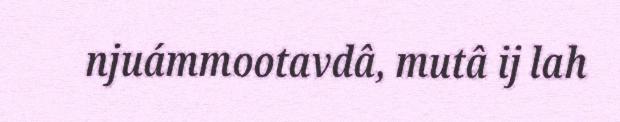
njuámmootavdâ, mutâ ij lah